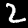
Digit: 2